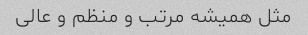
مثل همیشه مرتب و منظم و عالی